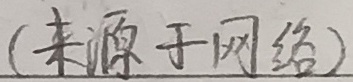
(来源于网络)